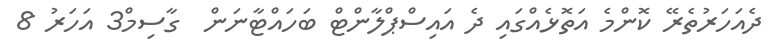
ދެއަހަރުތެރޭ ކޮންމެ އަތޮޅެއްގައި ދެ އައިސްޕްލާންޓް ބަހައްޓާނަން  ގާސިމް3 އަހަރު 8